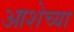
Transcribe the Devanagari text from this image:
आशेच्या